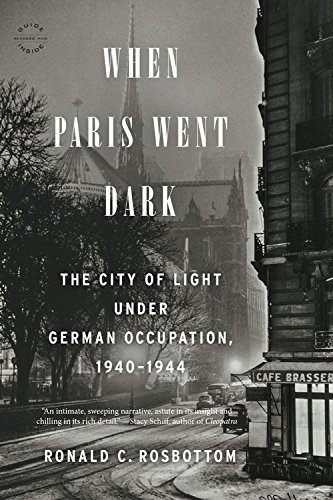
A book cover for When Paris Went Dark: The City of Light Under German Occupation, 1940-1944; Ronald C. Rosbottom; History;